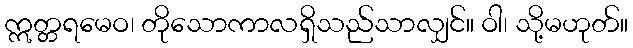
ဣတ္တရမေဝ၊ တိုသောကာလရှိသည်သာလျှင်။ ဝါ၊ သို့မဟုတ်။